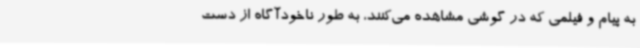
به پیام و فیلمی که در گوشی مشاهده می‌کنند، به طور ناخودآگاه از دست